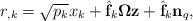
LaTeX: \begin{align*}r_{,k}=\sqrt{p_k}x_k+\hat{\mathbf{f}}_k{}\mathbf{\Omega}\mathbf{z}+\hat{\mathbf{f}}_k\mathbf{n}_q,\end{align*}